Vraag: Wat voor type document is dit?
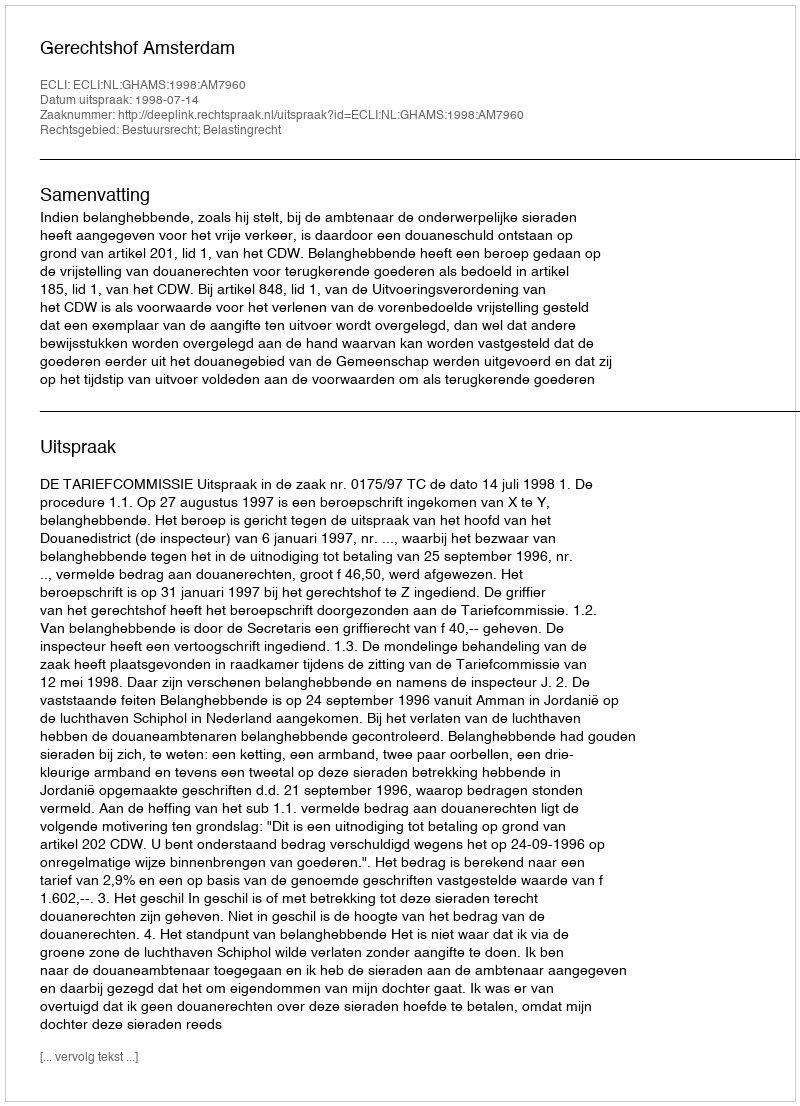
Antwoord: Uitspraak